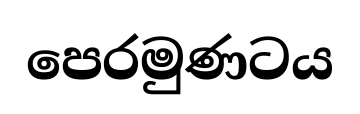
පෙරමුණටය